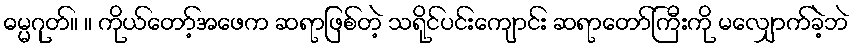
ဓမ္မဂုတ်။ ။ ကိုယ်တော့်အဖေက ဆရာဖြစ်တဲ့ သရိုင်ပင်းကျောင်း ဆရာတော်ကြီးကို မလျှောက်ခဲ့ဘဲ